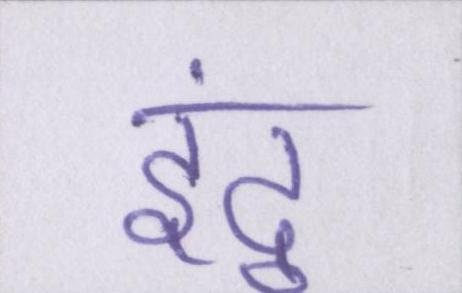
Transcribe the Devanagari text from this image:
इंदु